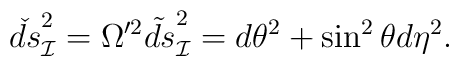
\check{ds}^2_{\cal I} = \Omega'^2 \tilde{ds}^2_{\cal I} = d\theta^2+ \sin^2 \theta d \eta^2.